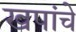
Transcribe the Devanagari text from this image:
खपांचे